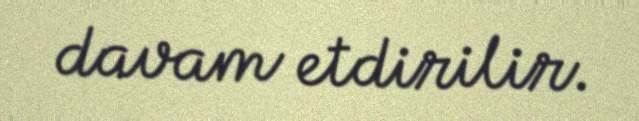
davam etdirilir.